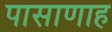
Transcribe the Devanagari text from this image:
पासाणाह